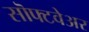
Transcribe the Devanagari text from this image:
सॊफ्टवेअर